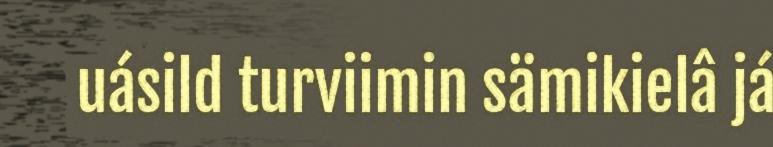
uásild turviimin sämikielâ já